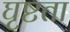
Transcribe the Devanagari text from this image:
घृष्टता